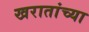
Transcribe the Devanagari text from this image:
खरातांच्या